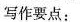
写作要点：